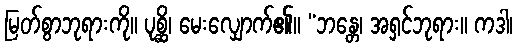
မြတ်စွာဘုရားကို။ ပုစ္ဆိ၊ မေးလျှောက်၏။ “ဘန္တေ၊ အရှင်ဘုရား။ ကဒါ၊